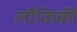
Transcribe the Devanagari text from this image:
लौकिकीं